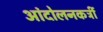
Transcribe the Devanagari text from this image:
आंदोलनकर्त्री